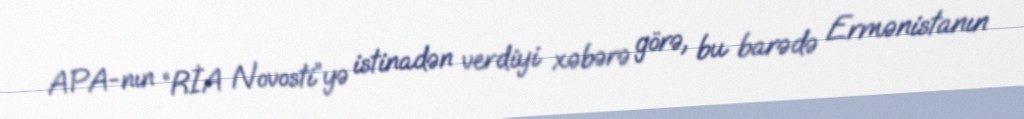
APA-nın “RİA Novosti”yə istinadən verdiyi xəbərə görə, bu barədə Ermənistanın